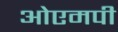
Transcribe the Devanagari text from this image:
ओएमपी